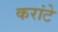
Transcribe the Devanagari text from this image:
करांटे